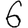
Digit: 6